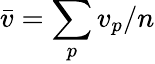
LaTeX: \bar{v}=\sum_{p}v_{p}/n